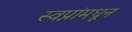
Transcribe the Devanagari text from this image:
स्वप्नांमधून